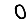
Digit: 0